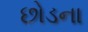
છોડના